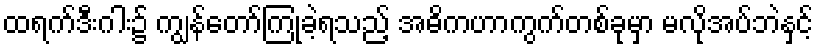
ထရက်ဒီးဂါး၌ ကျွန်တော်ကြုံခဲ့ရသည့် အဓိကဟာကွက်တစ်ခုမှာ မလိုအပ်ဘဲနှင့်